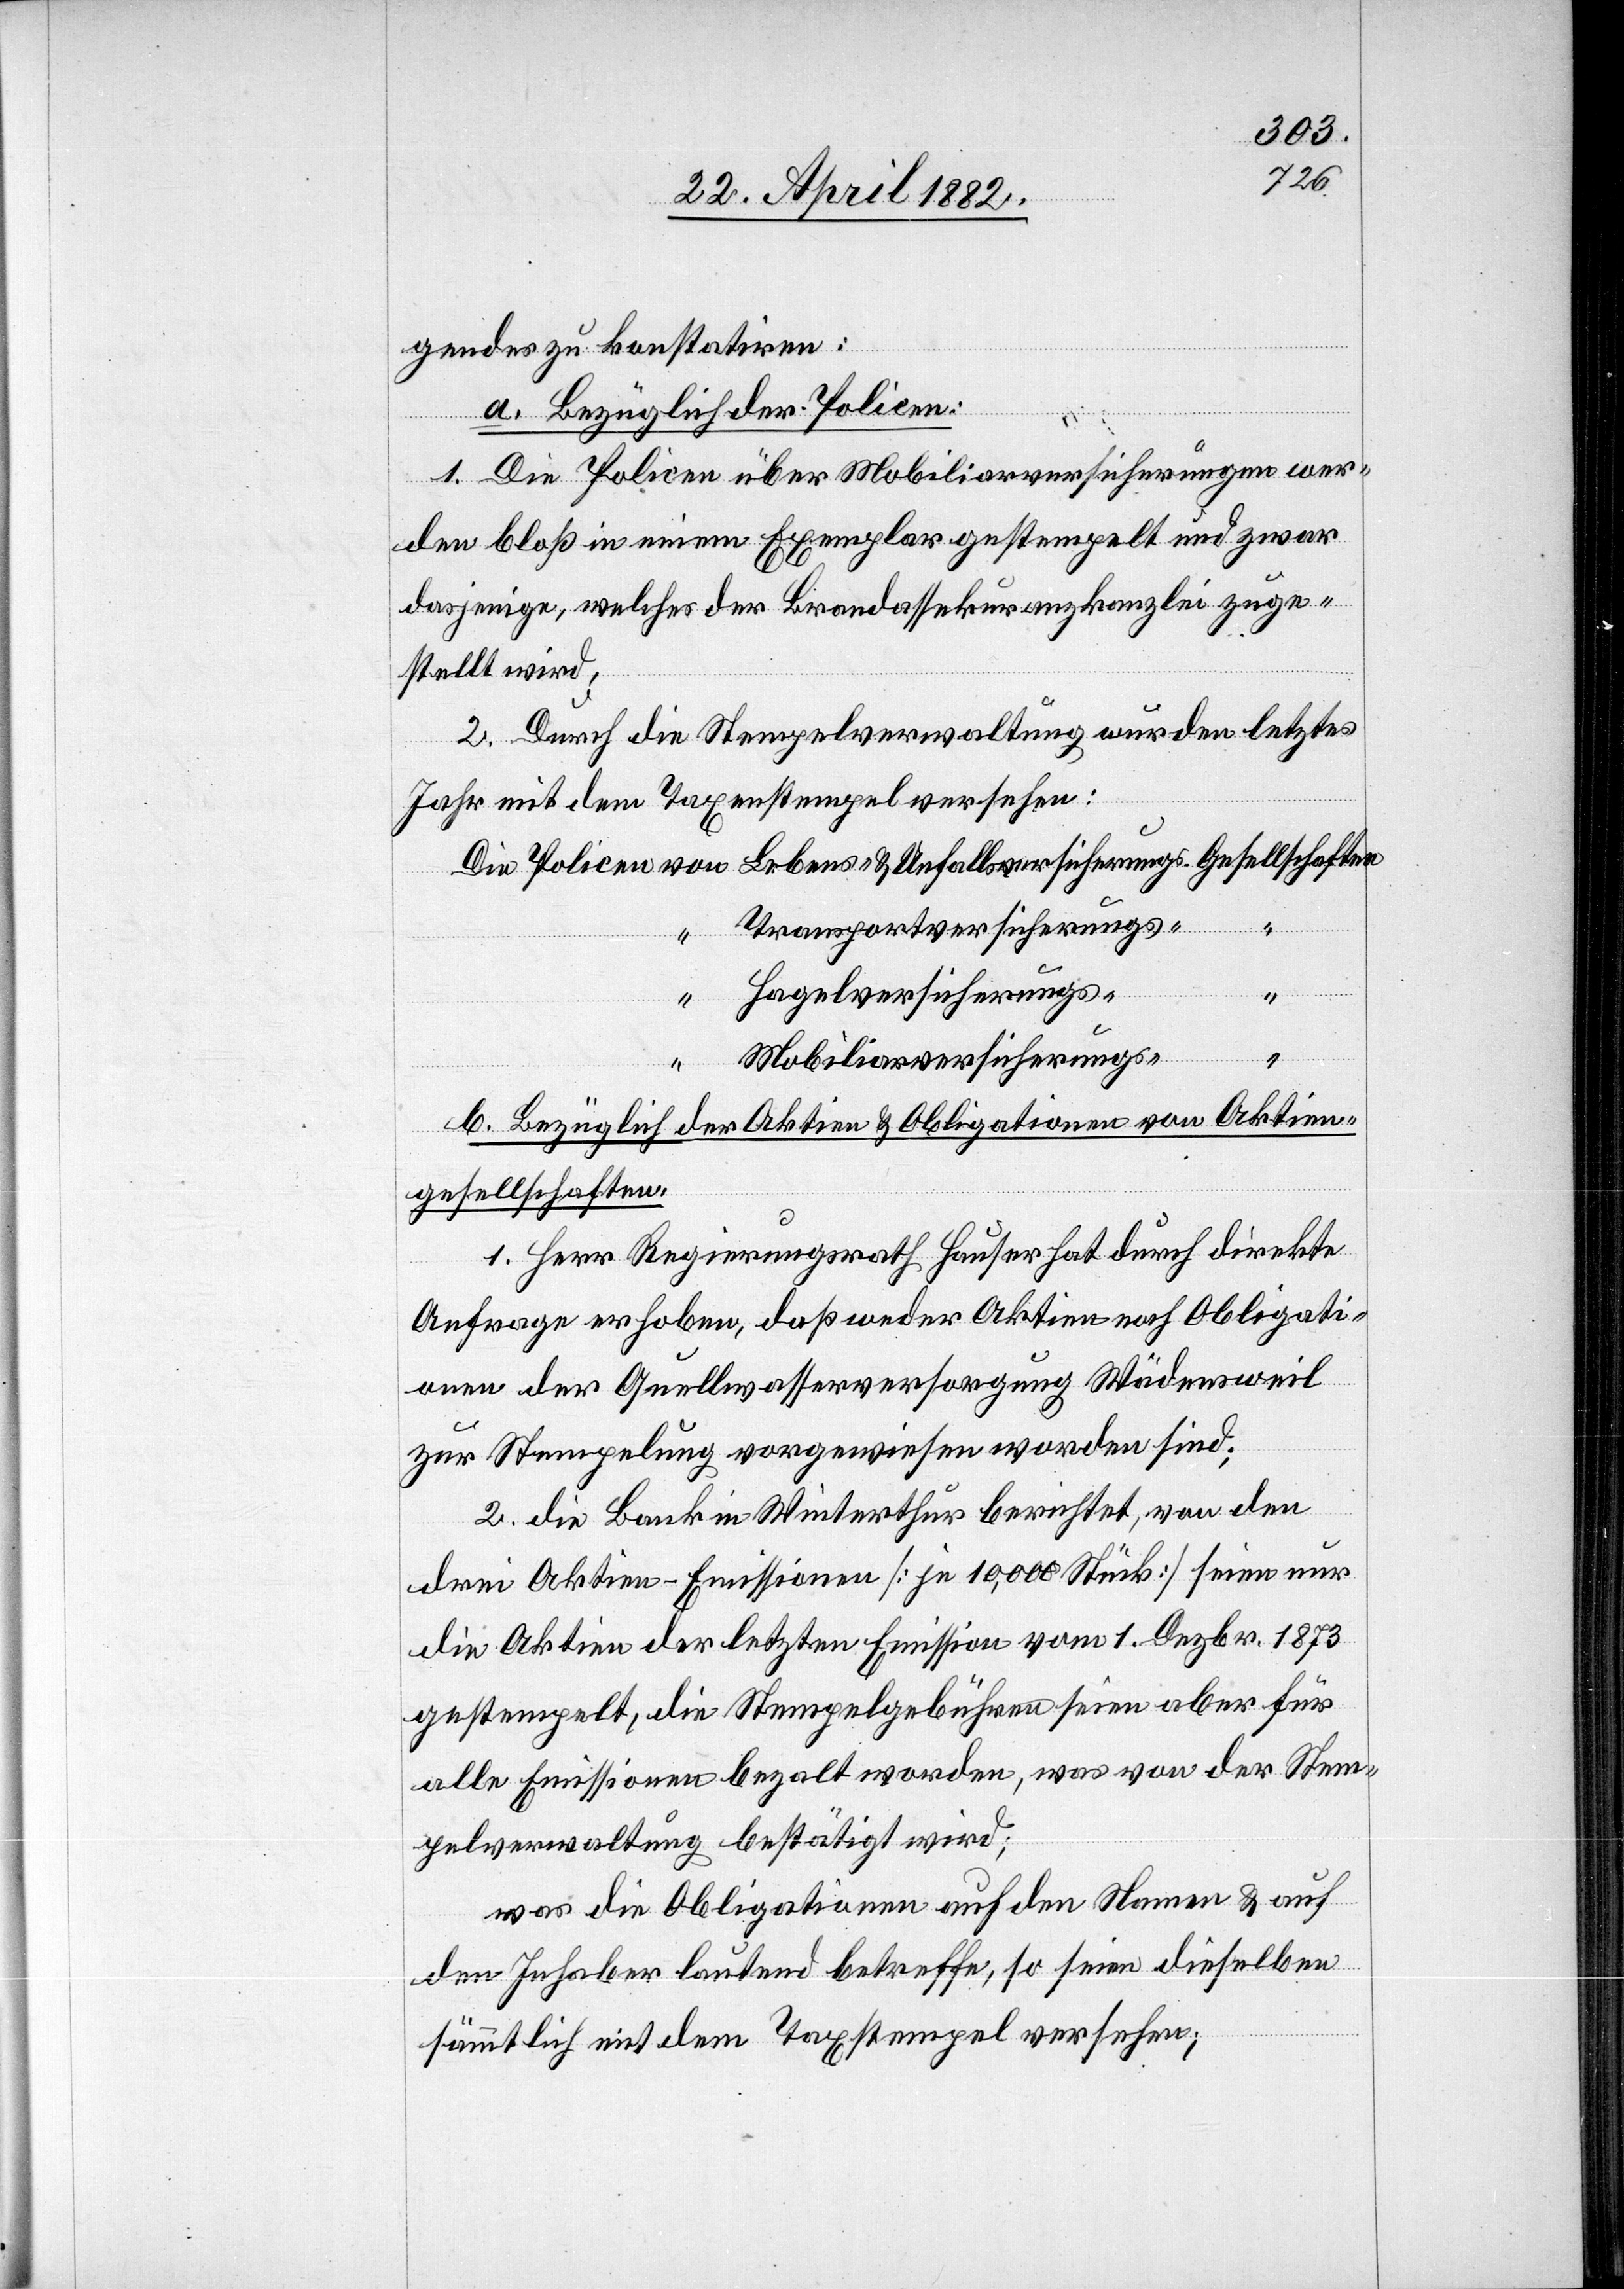
Un¬
gendes zu konstatiren:
a. Bezüglich der Policen:
1. Die Policen über Mobiliarversicherungen wer¬
den bloß in einem Exemplar gestempelt und zwar
dasjenige, welches der Brandassekuranzkanzlei zuge¬
stellt wird;
2. Durch die Stempelverwaltung wurden letztes
Jahr mit dem Taxenstempel versehen:
Lebens-
Transportversicherungs-
Hagelversicherungs-
Mobiliarversicherungs-
b. Bezüglich der Aktien & Obligationen von Aktien¬
gesellschaften:
1. Herr Regierungsrath Hauser hat durch direkte
Anfrage erhoben, daß weder Aktien noch Obligati¬
onen der Quellwasserversorgung Wädensweil
zur Stempelung vorgewiesen worden sind;
2. die Bank Winterthur berichtet, von den
drei Aktien-Emissionen [je 10,000 Stück] seien nur
die Aktien der letzten Emission vom 1. Dezbr. 1873
gestempelt, die Stempelgebühren seien aber für
alle Emissionen bezahlt worden, was von der Stem¬
pelverwaltung bestätigt wird;
was die Obligationen auf den Namen & auf
den Inhaber lautend betreffe, so seien dieselben
sämmtlich mit dem Taxstempel versehen;